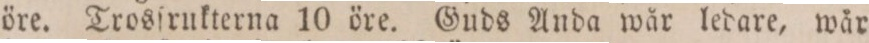
öre. Trosſrukterna 10 öre. Guds Anda wår ledare, wår